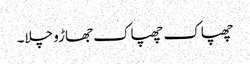
چھپاک چھپاک جھاڑو چلا۔